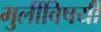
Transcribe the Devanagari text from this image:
मुलींविषयी